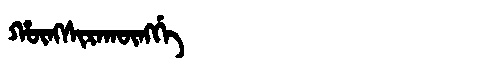
Manchu: ᡥᡡᠩᠰᡳᡵᠠᡴᡡᠩᡤᡝ
Romanization: HŪNGSIRAKŪNGGE